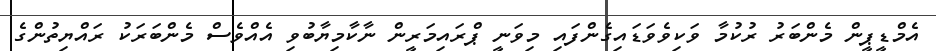
އެމްޑީޕީން މެންބަރު ރުކުމާ ވަކިވެވަޑައިގެންފައި މިވަނީ ޕްރައިމަރީން ނާކާމިޔާބުވި އެއްވެސް މެންބަރަކު ރައްޔިތުންގެ